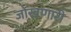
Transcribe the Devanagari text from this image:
जोखणारी